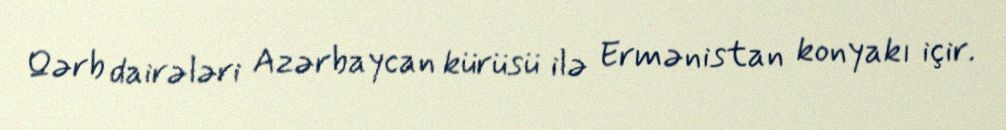
Qərb dairələri Azərbaycan kürüsü ilə Ermənistan konyakı içir.